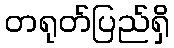
တရုတ်ပြည်ရှိ